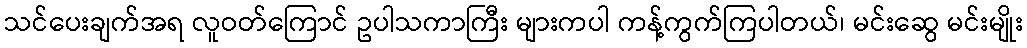
သင်ပေးချက်အရ လူဝတ်ကြောင် ဥပါသကာကြီး များကပါ ကန့်ကွက်ကြပါတယ်၊ မင်းဆွေ မင်းမျိုး